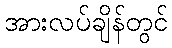
အားလပ်ချိန်တွင်